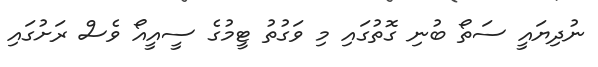
ނުދިޔައީ ސަތޯ ބުނި ގޮތުގައި މި ވަގުތު ޓީމުގެ ސީއީއޯ ވެސް ރަށުގައި